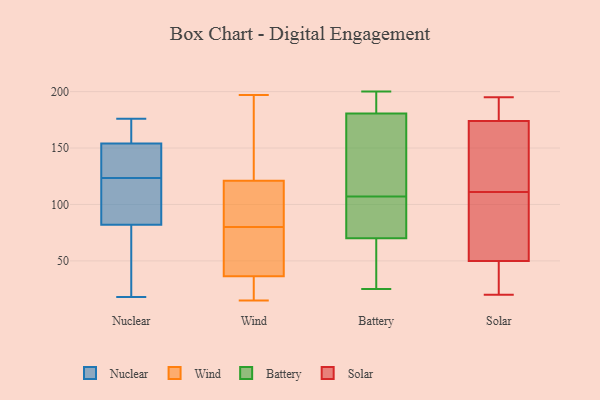
{"axis": {"x": "Customer Acquisition Cost (USD)", "y": "Value"}, "legend": ["Battery", "Nuclear", "Solar", "Wind"], "data": [{"x": "", "y": 147, "type": "Nuclear"}, {"x": "", "y": 102, "type": "Nuclear"}, {"x": "", "y": 77, "type": "Nuclear"}, {"x": "", "y": 168, "type": "Nuclear"}, {"x": "", "y": 93, "type": "Nuclear"}, {"x": "", "y": 166, "type": "Nuclear"}, {"x": "", "y": 18, "type": "Nuclear"}, {"x": "", "y": 176, "type": "Nuclear"}, {"x": "", "y": 154, "type": "Nuclear"}, {"x": "", "y": 126, "type": "Nuclear"}, {"x": "", "y": 160, "type": "Nuclear"}, {"x": "", "y": 131, "type": "Nuclear"}, {"x": "", "y": 122, "type": "Nuclear"}, {"x": "", "y": 125, "type": "Nuclear"}, {"x": "", "y": 102, "type": "Nuclear"}, {"x": "", "y": 31, "type": "Nuclear"}, {"x": "", "y": 82, "type": "Nuclear"}, {"x": "", "y": 20, "type": "Nuclear"}, {"x": "", "y": 120, "type": "Wind"}, {"x": "", "y": 117, "type": "Wind"}, {"x": "", "y": 39, "type": "Wind"}, {"x": "", "y": 96, "type": "Wind"}, {"x": "", "y": 16, "type": "Wind"}, {"x": "", "y": 197, "type": "Wind"}, {"x": "", "y": 34, "type": "Wind"}, {"x": "", "y": 61, "type": "Wind"}, {"x": "", "y": 40, "type": "Wind"}, {"x": "", "y": 189, "type": "Wind"}, {"x": "", "y": 140, "type": "Wind"}, {"x": "", "y": 81, "type": "Wind"}, {"x": "", "y": 25, "type": "Wind"}, {"x": "", "y": 152, "type": "Wind"}, {"x": "", "y": 79, "type": "Wind"}, {"x": "", "y": 57, "type": "Wind"}, {"x": "", "y": 85, "type": "Wind"}, {"x": "", "y": 27, "type": "Wind"}, {"x": "", "y": 15, "type": "Wind"}, {"x": "", "y": 122, "type": "Wind"}, {"x": "", "y": 196, "type": "Battery"}, {"x": "", "y": 171, "type": "Battery"}, {"x": "", "y": 156, "type": "Battery"}, {"x": "", "y": 25, "type": "Battery"}, {"x": "", "y": 70, "type": "Battery"}, {"x": "", "y": 200, "type": "Battery"}, {"x": "", "y": 179, "type": "Battery"}, {"x": "", "y": 107, "type": "Battery"}, {"x": "", "y": 185, "type": "Battery"}, {"x": "", "y": 60, "type": "Battery"}, {"x": "", "y": 70, "type": "Battery"}, {"x": "", "y": 82, "type": "Battery"}, {"x": "", "y": 185, "type": "Battery"}, {"x": "", "y": 43, "type": "Battery"}, {"x": "", "y": 134, "type": "Battery"}, {"x": "", "y": 99, "type": "Battery"}, {"x": "", "y": 101, "type": "Battery"}, {"x": "", "y": 174, "type": "Solar"}, {"x": "", "y": 140, "type": "Solar"}, {"x": "", "y": 119, "type": "Solar"}, {"x": "", "y": 20, "type": "Solar"}, {"x": "", "y": 56, "type": "Solar"}, {"x": "", "y": 151, "type": "Solar"}, {"x": "", "y": 50, "type": "Solar"}, {"x": "", "y": 29, "type": "Solar"}, {"x": "", "y": 187, "type": "Solar"}, {"x": "", "y": 194, "type": "Solar"}, {"x": "", "y": 195, "type": "Solar"}, {"x": "", "y": 103, "type": "Solar"}, {"x": "", "y": 23, "type": "Solar"}, {"x": "", "y": 74, "type": "Solar"}]}